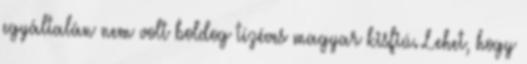
egyáltalán nem volt boldog tízéves magyar kisfiú. Lehet, hogy